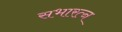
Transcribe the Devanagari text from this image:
सभारत्न